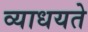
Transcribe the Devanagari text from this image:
व्याधयते